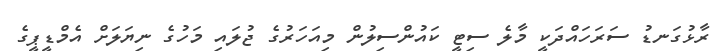
ރާޅުގަނޑު ސަރަހައްދަކީ މާލެ ސިޓީ ކައުންސިލުން މިއަހަރުގެ ޖުލައި މަހުގެ ނިޔަލަށް އެމްޑީޕީގެ